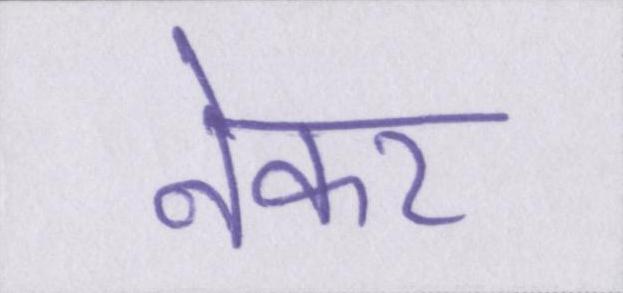
नेकर